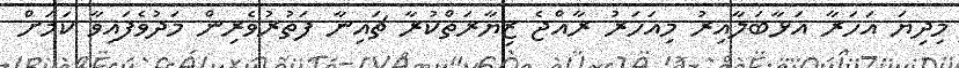
މިދިޔަ އަހަރާ އަޅާބަލާއިރު މިއަހަރު ރާއްޖެ ޒިޔާރަތްކުރާ ޗައިނާ ފަތުރުވެރިން މަދުވެފައިވާ ކަަމަށް